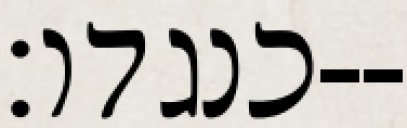
כנגדו׃--